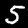
Digit: 5